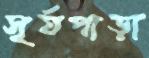
সূর্যপাড়া